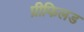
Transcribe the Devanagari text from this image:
प्रीफिलड